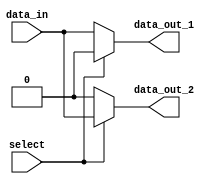
module demux_1_to_2(
    input wire data_in,
    input wire select,
    output reg data_out_1,
    output reg data_out_2
);

always @ (data_in, select)
begin
    if(select == 1'b0)
    begin
        data_out_1 = data_in;
        data_out_2 = 1'b0;
    end
    else
    begin
        data_out_1 = 1'b0;
        data_out_2 = data_in;
    end
end

endmodule